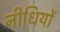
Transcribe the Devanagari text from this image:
नीधियों